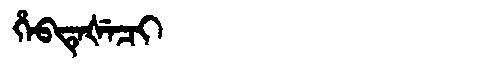
Manchu: ᡥᡝᠪᡨᡝᡧᡝᠴᡳ
Romanization: HEBTEŠECI